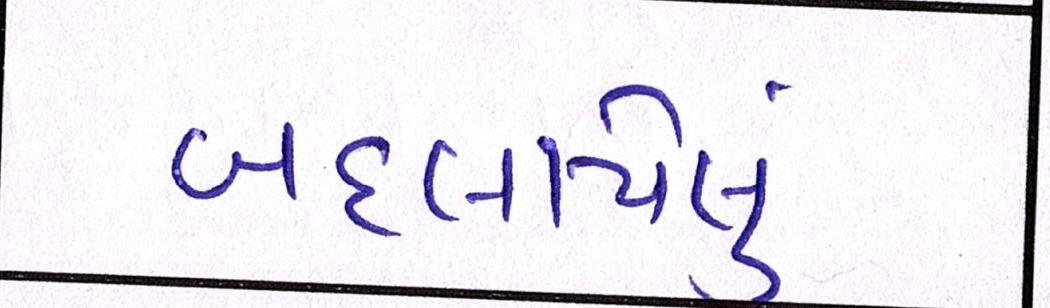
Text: બદલાયેલું